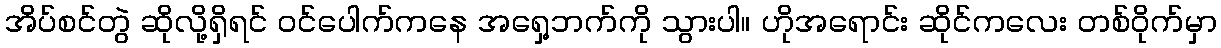
အိပ်စင်တွဲ ဆိုလို့ရှိရင် ဝင်ပေါက်ကနေ အရှေ့ဘက်ကို သွားပါ။ ဟိုအရောင်း ဆိုင်ကလေး တစ်ဝိုက်မှာ